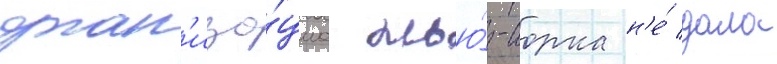
орган'иза́циа нью́-иорка н'е́ дала